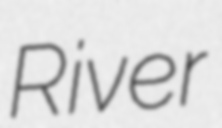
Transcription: River